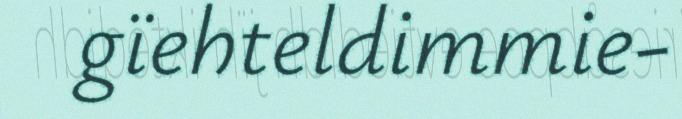
gïehteldimmie-